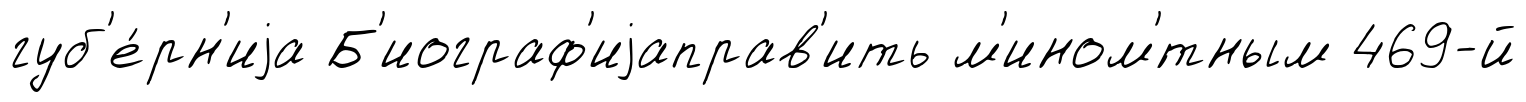
губ'е́рн'иjа Б'иограф'иjаправ'ить м'ином'́тным 469-й